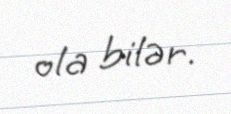
ola bilər.